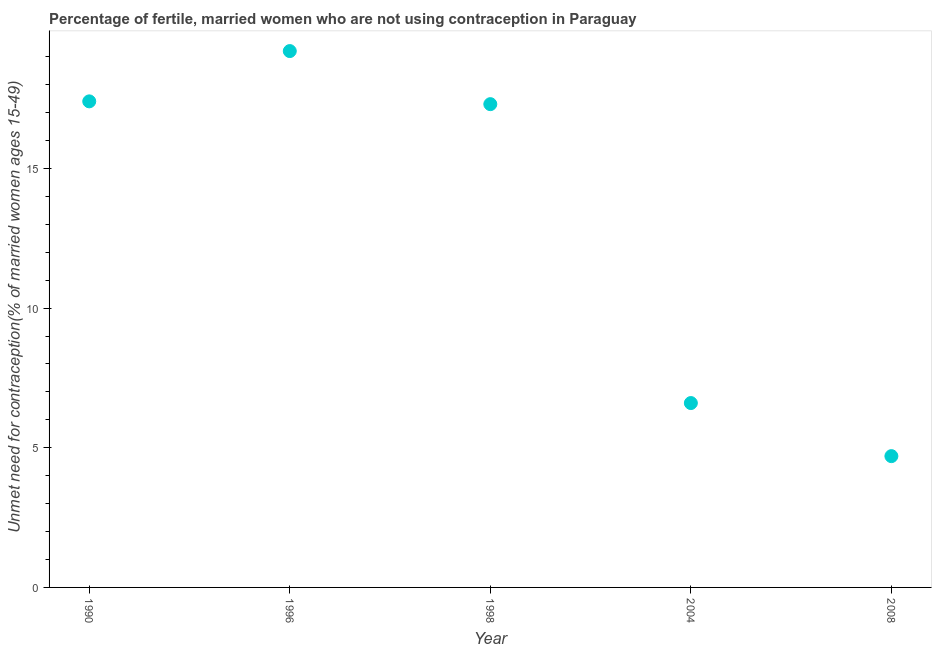
| Year | Unmet need for contraception |
 | --- | --- |
 | 1990 | 17.4 |
 | 1996 | 19.2 |
 | 1998 | 17.3 |
 | 2004 | 6.6 |
 | 2008 | 4.7 |